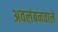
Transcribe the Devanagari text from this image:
अवलंबनवाले